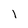
Character: 1